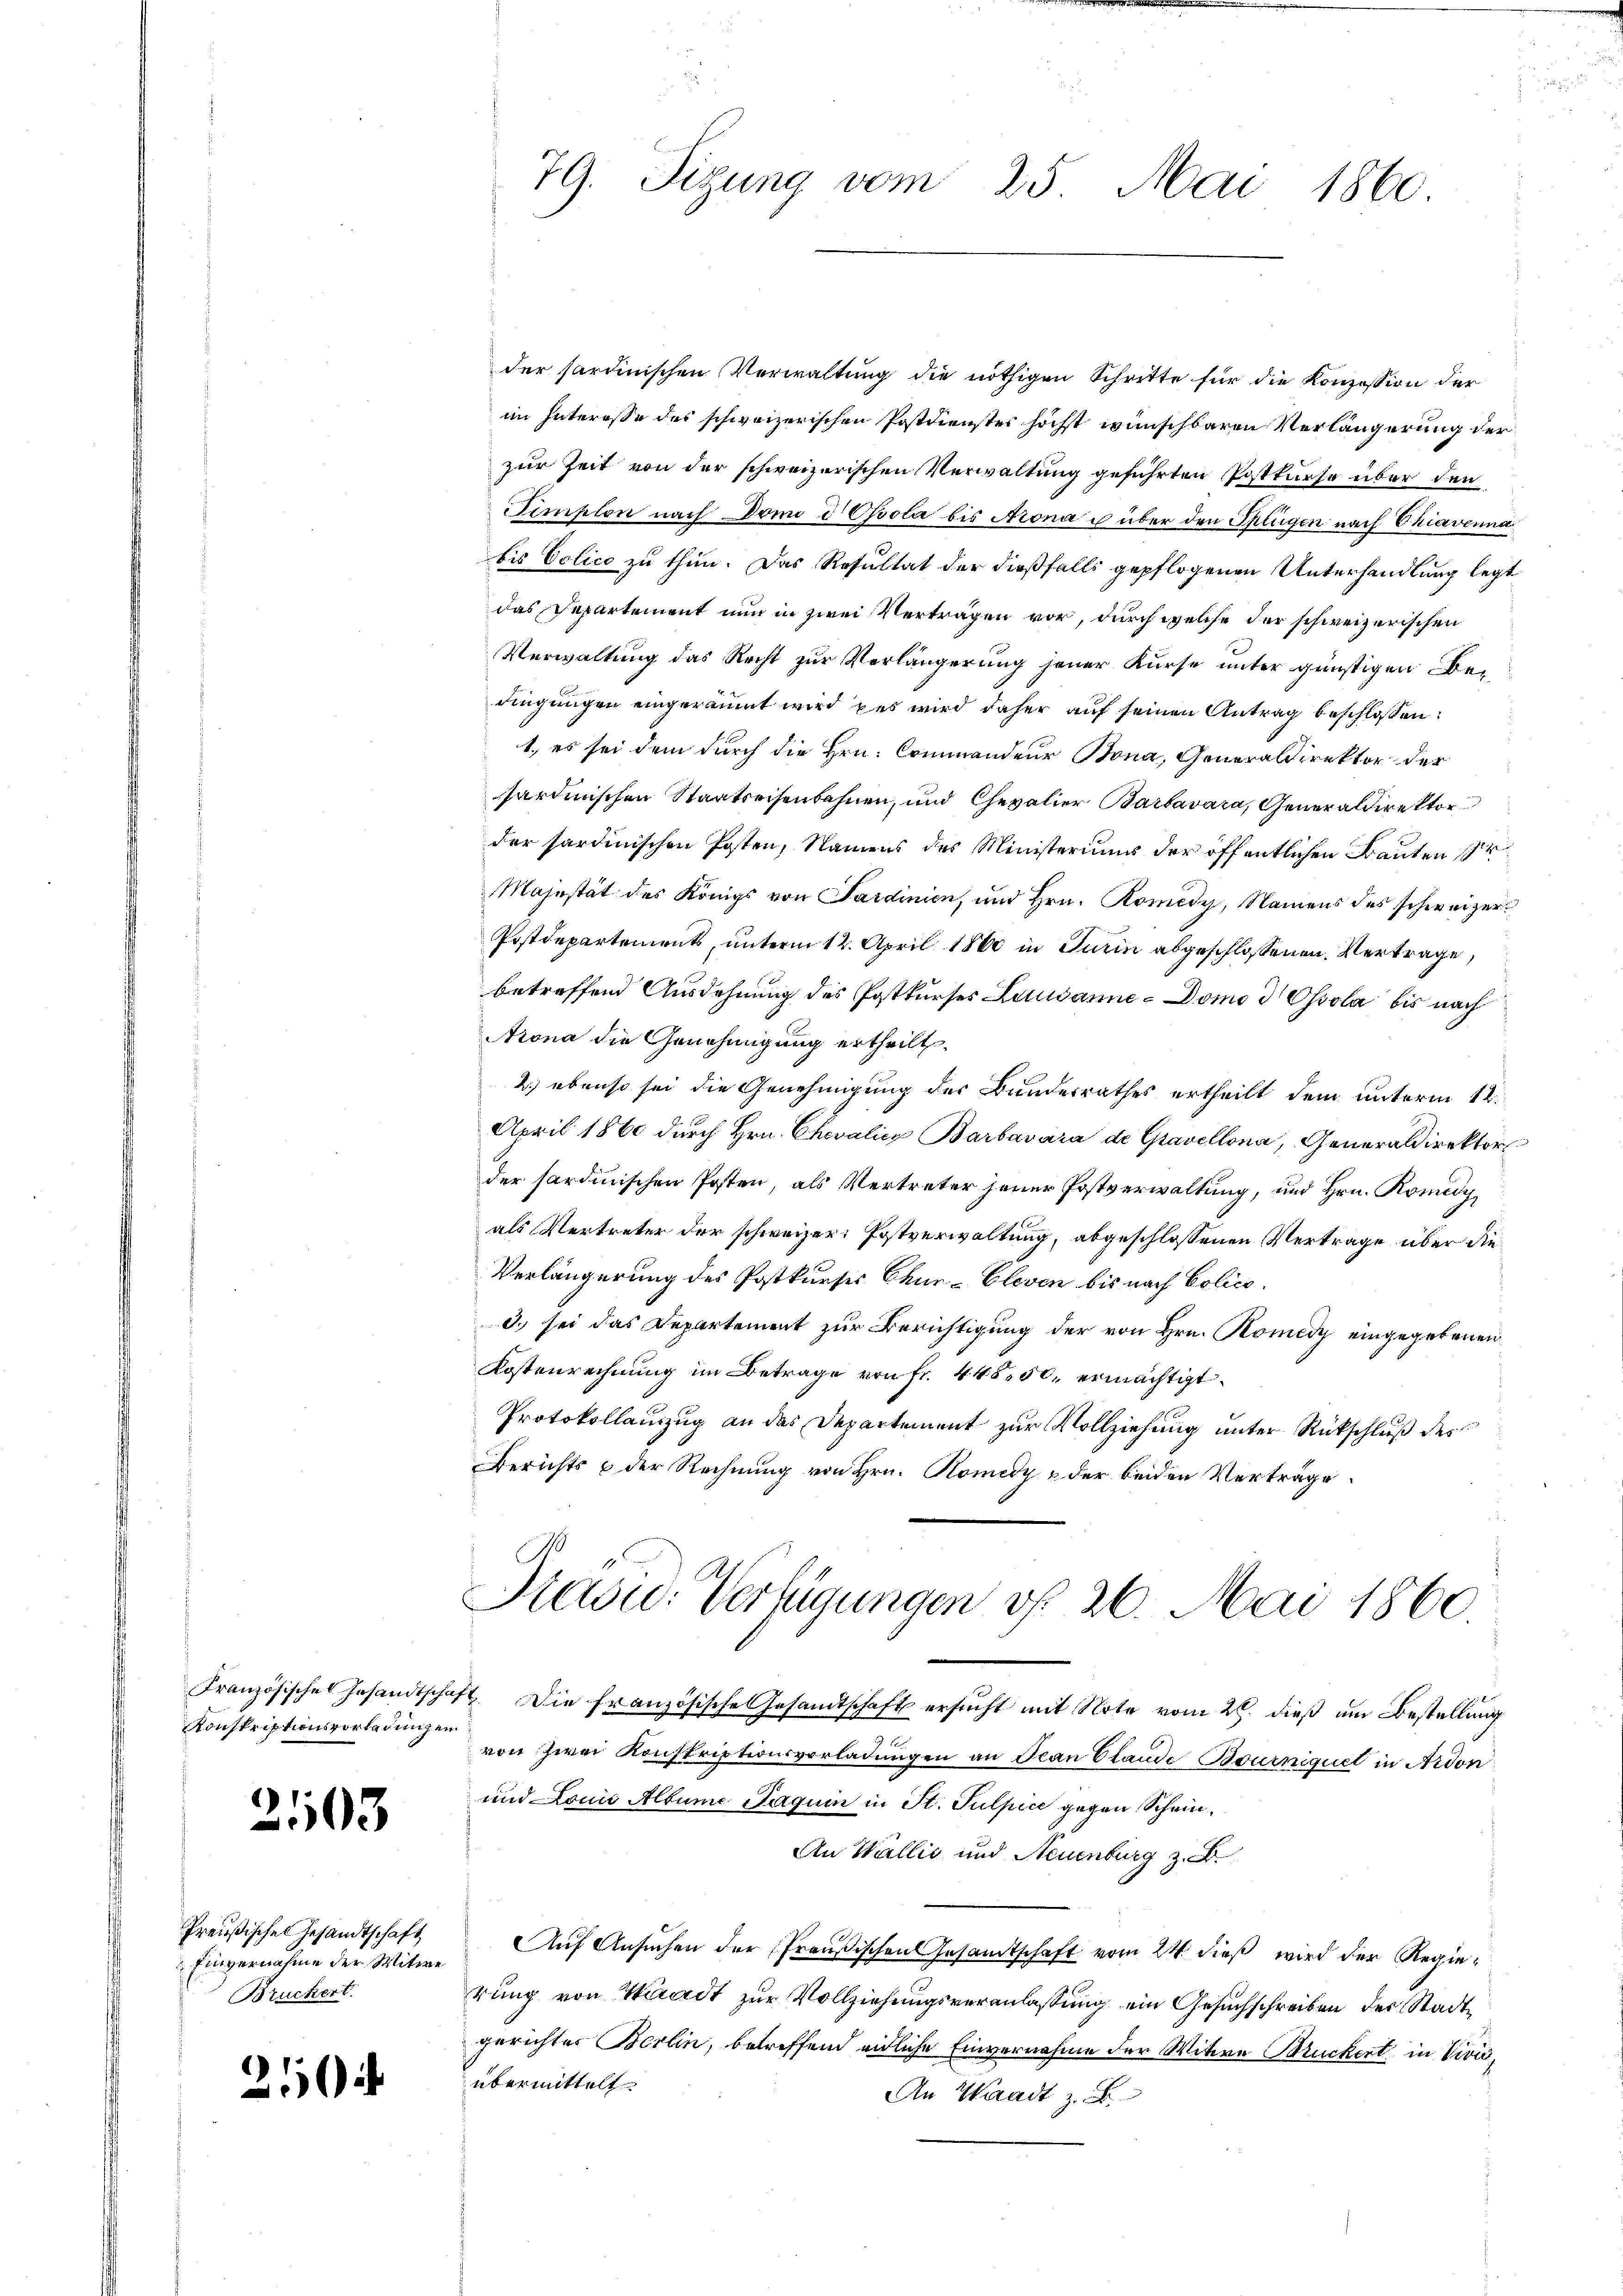
Konskriptionsvorladungen

2103

Preußische Gesandtschaft
Einvernahme der Witwe
Bruckert.

79. Sizung vom 25. Mai 1860.

der sardinischen Verwaltung die nöthigen Schritte für die Konzession der
im Interesse des schweizerischen Postdienstes höchst wünschbaren Verlängerung der
zur Zeit von der schweizerischen Verwaltung geführten Postkurse über den
Semplon nach Drei & Ossola bis Arona u über den Splügen nach Chiavenna
bis Colico zu thun. Das Resultat der dießfalls gepflogenen Unterhandlung legt
das Departement nun in zwei Verträgen vor, durch welche der schweizerischen
Verwaltung das Recht zur Verlängerung jener Kurse unter günstigen Bedingungen eingeräumt wird es wird daher auf seinen Antrag beschlossen:
1., es sei dem durch die Hrn. Commandeur Bona, Generaldirektor der
sardinischen Staatseisenbahnen, und Chevalier Barbavara, Generaldirektor
der sardinischen Posten, Namens des Ministeriums der öffentlichen Bauten
Majestät des Königs von Sardinien, und Hrn. Komedy, Namens des schweizer
Postdepartements, unterm 12. April 1860 in Turin abgeschlossenen Vertrage,
betreffend Ausdehnung des Postkurses Lausanne-Domo d Ossola bis nach
Arona die Genehmigung ertheilt.
2.) ebenso sei die Genehmigung des Bundesrathes ertheilt dem unterm 12.
April 1860 durch Hrn. Chevalicz Barbavara de Gravellona, Generaldirektor
der sardinischen Posten, als Vertreter jener Postverwaltung, und Hrn. Komedy,
als Vertreter der schweizer: Postverwaltung, abgeschlossenen Vertrage über die¬
Verlängerung des Postkurses Chur-Cleven bis nach Colico.
3.) sei das Departement zur Berichtigung der von Hrn. Komedy eingegebenen
Kostenrechnung im Betrage von Fr. 445. 50. ermächtigt.
Protokollanzzug an das Departement zur Vollziehung unter Rückschluß des
Berichts & der Rechnung von Hrn. Homedy u der beiden Verträge.

Präsid.- Verfügungen v. 26. Mai 1860.

Französisches Gesandtschaft. Die französische Gesandtschafts ersucht mit Note vom 28. dieß um Bestellung
von zwei Konskriptionsvorladungen an Ivan Elande Bourniquet in Ardon
und Louis Albume Jaquin in St. Sulpice gegen Schein¬
An Wallis und Neuenburg z. B.
Auf Ansuchen der Preußischen Gesandtschaft vom 24. dieß wird der Regierung von Wiradt zur Vollziehungsveranlassung ein Gesuchschreiben des Stadt
gerichtes Berlin, betreffend eidliche Einvernahme der Witwe Bruckert in Viviübermittelt.
An Waadt z.